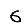
Digit: 6